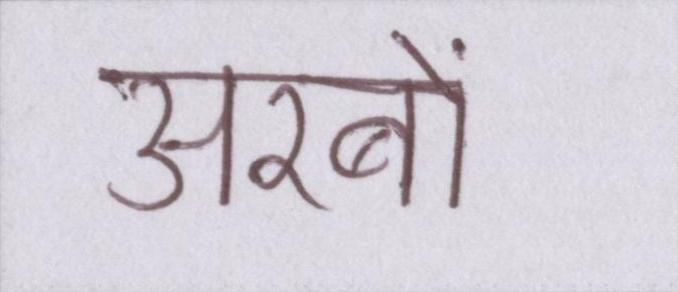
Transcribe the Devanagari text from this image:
अरबों